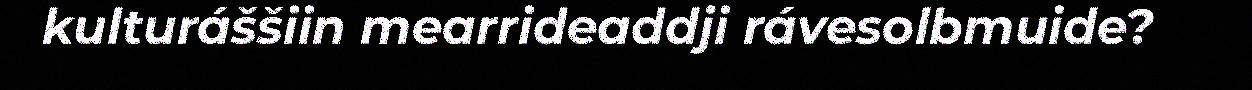
kulturáššiin mearrideaddji rávesolbmuide?